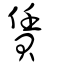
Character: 賃